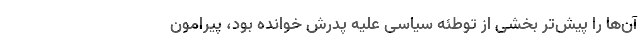
آن‌ها را پیش‌تر بخشی از توطئه سیاسی علیه پدرش خوانده بود، پیرامون